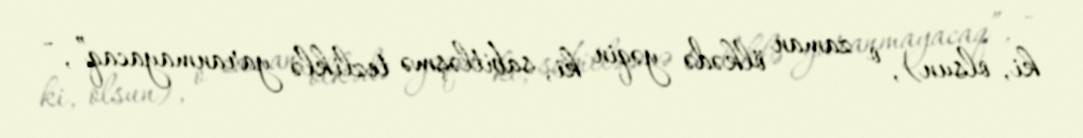
ki, olsun), o zaman ölkədə yəqin ki, sabitləşmə tezliklə yaranmayacaq”, -